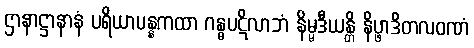
ဌာနာဋ္ဌာနာနံ ပရိယာပန္နကထာ ဂန္ဓပဋိလာဘံ နိမ္မဒီယန္တိ နိပ္ဖာဒိတလဝဏံ